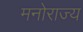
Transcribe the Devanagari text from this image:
मनोराज्य